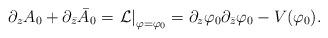
LaTeX: \begin{align*}\partial_z A_0+\partial_{\bar{z}} \bar{A}_0 = \left.{\cal L}\right|_{\varphi=\varphi_0} = \partial_z\varphi_0\partial_{\bar{z}}\varphi_0- V(\varphi_0).\end{align*}